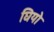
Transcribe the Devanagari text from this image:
घियो